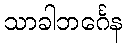
သာခါဘင်္ဂေန